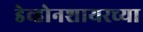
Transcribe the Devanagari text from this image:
डेव्होनशायरच्या